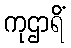
ကုဌာရိံ